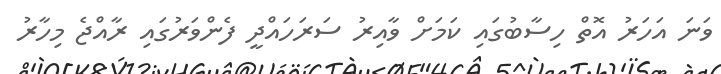
ވަނަ އަހަރު އޮތް ހިސާބުގައި ކަމަށް ވާއިރު ސަރަހައްދީ ފެންވަރުގައި ރާއްޖެ މިހާރު